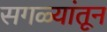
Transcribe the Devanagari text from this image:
सगळ्यांतून